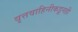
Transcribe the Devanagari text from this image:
वृत्तवाहिनीकडूनही